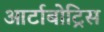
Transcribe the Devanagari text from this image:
आर्टाबोट्रिस